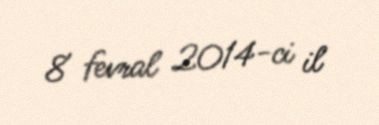
8 fevral 2014-ci il